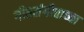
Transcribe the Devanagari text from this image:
गीतसंगीताच्या